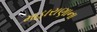
મહારાણાના